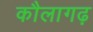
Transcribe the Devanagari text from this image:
कौलागढ़